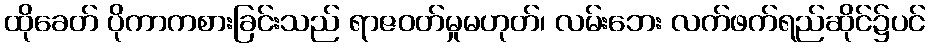
ထိုခေတ် ပိုကာကစားခြင်းသည် ရာဇဝတ်မှုမဟုတ်၊ လမ်းဘေး လက်ဖက်ရည်ဆိုင်၌ပင်